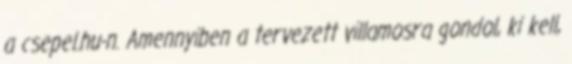
a csepel.hu-n. Amennyiben a tervezett villamosra gondol, ki kell,